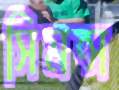
সিমন্স